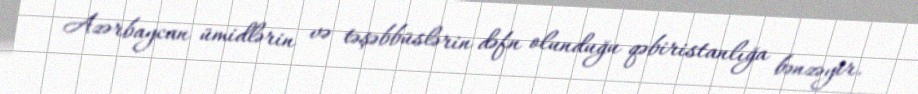
Azərbaycan ümidlərin və təşəbbüslərin dəfn olunduğu qəbiristanlığa bənzəyir.